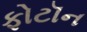
ફોટૉન